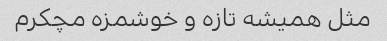
مثل همیشه تازه و خوشمزه مچکرم